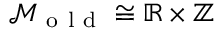
\mathcal { M } _ { \mathrm { ~ o ~ l ~ d ~ } } \cong \mathbb { R } \times \mathbb { Z }